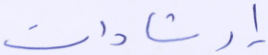
إرشادات